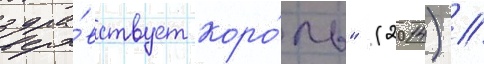
здра́вствует коро́ль" (2014) /